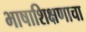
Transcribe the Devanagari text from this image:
भाषाशिक्षणाचा